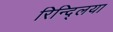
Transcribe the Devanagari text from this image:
रिन्द्लिया